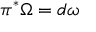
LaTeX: \pi ^ { * } \Omega = d \omega